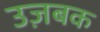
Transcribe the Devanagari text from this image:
उज़बक